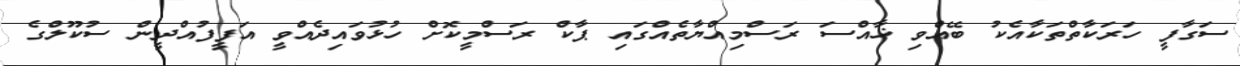
ސަގާފީ ހަރަކާތްތަކާއެކު ބޭއްވި ޚާއްސަ ރަސްމިއްޔާތެއްގައި ޕާކް ރަސްމީކޮށް ހުޅުވައިދެއްވީ އަފީފުއްދީން ސުކޫލްގެ